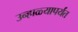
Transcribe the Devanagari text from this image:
उन्हाळ्यापर्यंत